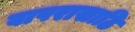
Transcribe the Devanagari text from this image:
वापरासाठि